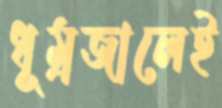
ধূম্রজালেই